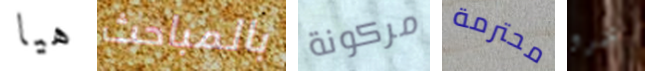
هيا بالمباحث مركونة محترمة عمرو